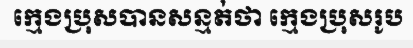
ក្មេងប្រុសបានសន្មត់ថា ក្មេងប្រុសរូប